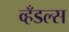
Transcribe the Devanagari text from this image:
व्हँडल्स